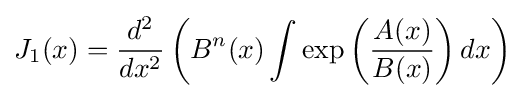
J_{1}(x)={\frac {d^{2}}{dx^{2}}}\left(B^{n}(x)\int \exp \left({\frac {A(x)}{B(x)}}\right)dx\right)